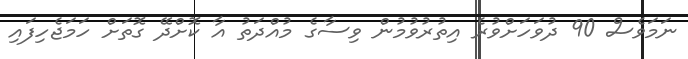
ނަމަވެސް 90 ދުވަހަށްވުރެ އިތުރުވުމުން ވިސާގެ މުއްދަތު އާ ކޮށްދޭ ގޮތަށް ހަމަޖެހިފައި